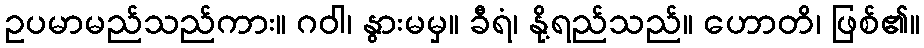
ဥပမာမည်သည်ကား။ ဂဝါ၊ နွားမမှ။ ခီရံ၊ နို့ရည်သည်။ ဟောတိ၊ ဖြစ်၏။